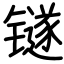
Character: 𬭼